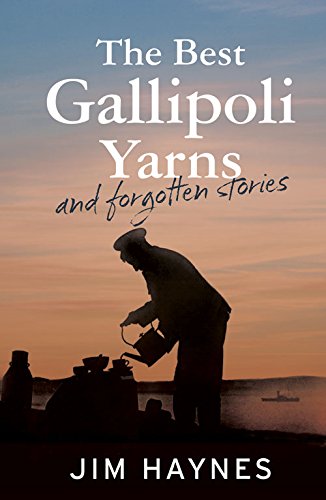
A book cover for The Best Gallipoli Yarns and Forgotten Stories; Jim Haynes; History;